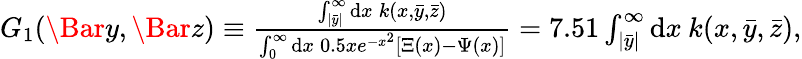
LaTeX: \begin{array}{r}{G_{1}(\Bar{y},\Bar{z})\equiv\frac{\int_{|\bar{y}|}^{\infty}\mathrm{d}x\: k(x,\bar{y},\bar{z})}{\int_{0}^{\infty}\mathrm{d}x\: 0.5xe^{-x^{2}}\left[\Xi(x)-\Psi(x)\right]}=7.51\int_{|\bar{y}|}^{\infty}\mathrm{d}x\: k(x,\bar{y},\bar{z}),}\end{array}